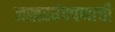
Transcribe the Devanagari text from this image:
जखडबंदपणाची